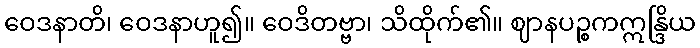
ဝေဒနာတိ၊ ဝေဒနာဟူ၍။ ဝေဒိတဗ္ဗာ၊ သိထိုက်၏။ ဈာနပဉ္စကဣန္ဒြိယ